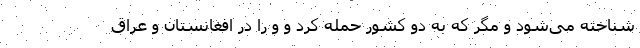
شناخته می‌شود و مگر که به دو کشور حمله کرد و و را در افغانستان و عراق